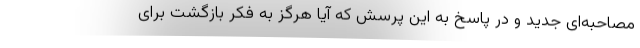
مصاحبه‌ای جدید و در پاسخ به این پرسش که آیا هرگز به فکر بازگشت برای